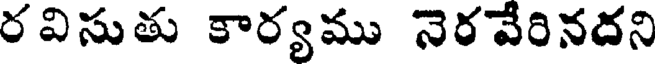
రవిసుతు కార్యము నెరవేరినదని